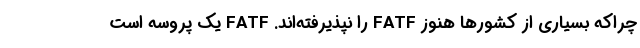
چراکه بسیاری از کشورها هنوز FATF را نپذیرفته‌اند. FATF یک پروسه است